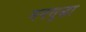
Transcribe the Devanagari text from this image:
मनसुद्धा